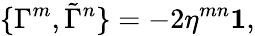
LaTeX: \{ \Gamma^{m},\tilde{\Gamma}^{n}\} =-2\eta^{mn}{\mathbf 1},